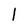
Character: l